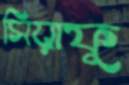
সিয়াফু